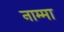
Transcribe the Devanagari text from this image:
नाम्मा